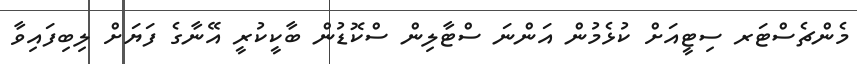
މެންޗެސްޓަރ ސިޓީއަށް ކުޅެމުން އަންނަ ސްޓާލިން ސްކޮޑުން ބާކީކުރީ އޭނާގެ ފަޔަށް ލިބިފައިވާ